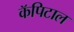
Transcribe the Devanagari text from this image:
कॅपिटाल